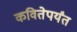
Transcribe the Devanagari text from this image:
कवितेपर्यंत